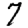
Digit: 7